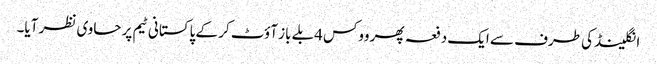
انگلینڈ کی طرف سے ایک دفعہ پھر ووکس 4بلے باز آؤٹ کر کے پاکستانی ٹیم پر حاوی نظر آیا۔